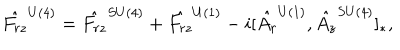
LaTeX: \hat { F _ { r z } } ^ { U ( 4 ) } = \hat { F _ { r z } } ^ { S U ( 4 ) } + \hat { F _ { r z } } ^ { U ( 1 ) } - i [ \hat { A _ { r } } ^ { U ( 1 ) } , \hat { A _ { z } } ^ { S U ( 4 ) } ] _ { * } ,